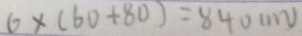
6 \times ( 6 0 + 8 0 ) = 8 4 0 m v